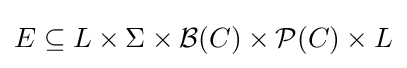
E\subseteq L\times \Sigma \times {\mathcal {B}}(C)\times {\mathcal {P}}(C)\times L